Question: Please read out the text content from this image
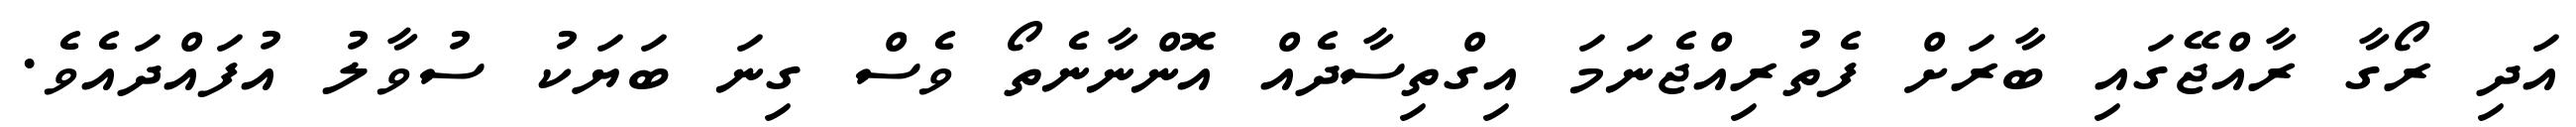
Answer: އަދި ރޯގާ ރާއްޖޭގައި ބާރަށް ފެތުރިއްޖެނަމަ އިގްތިސާދެއް އޮންނާނެތޯ ވެސް ގިނަ ބަޔަކު ސުވާލު އުފައްދައެވެ.